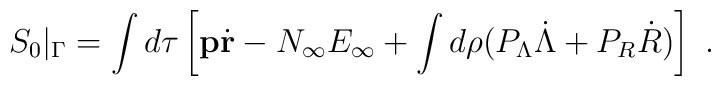
S_0\vert_\Gamma = \int d\tau\left[{\mathbf p}\dot{\mathbf r} -  N_\infty E_\infty + \int  d\rho(P_\Lambda\dot{\Lambda} + P_R\dot{R})\right]\ .